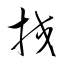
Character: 挍